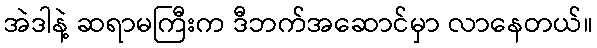
အဲဒါနဲ့ ဆရာမကြီးက ဒီဘက်အဆောင်မှာ လာနေတယ်။